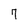
Character: 7